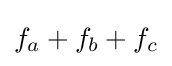
f_{a}+f_{b}+f_{c}